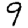
Digit: 9